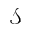
\mathcal { S }